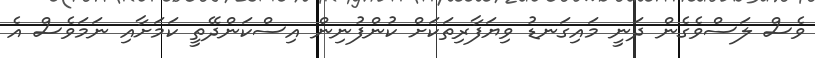
ވެސް ލަސްވެގެން ދަނީ މައިގަނޑު ވިޔަފާރިތަކަށް ކުންފުނިން އިސްކަންދޭތީ ކަމަށާއި ނަމަވެސް އެ